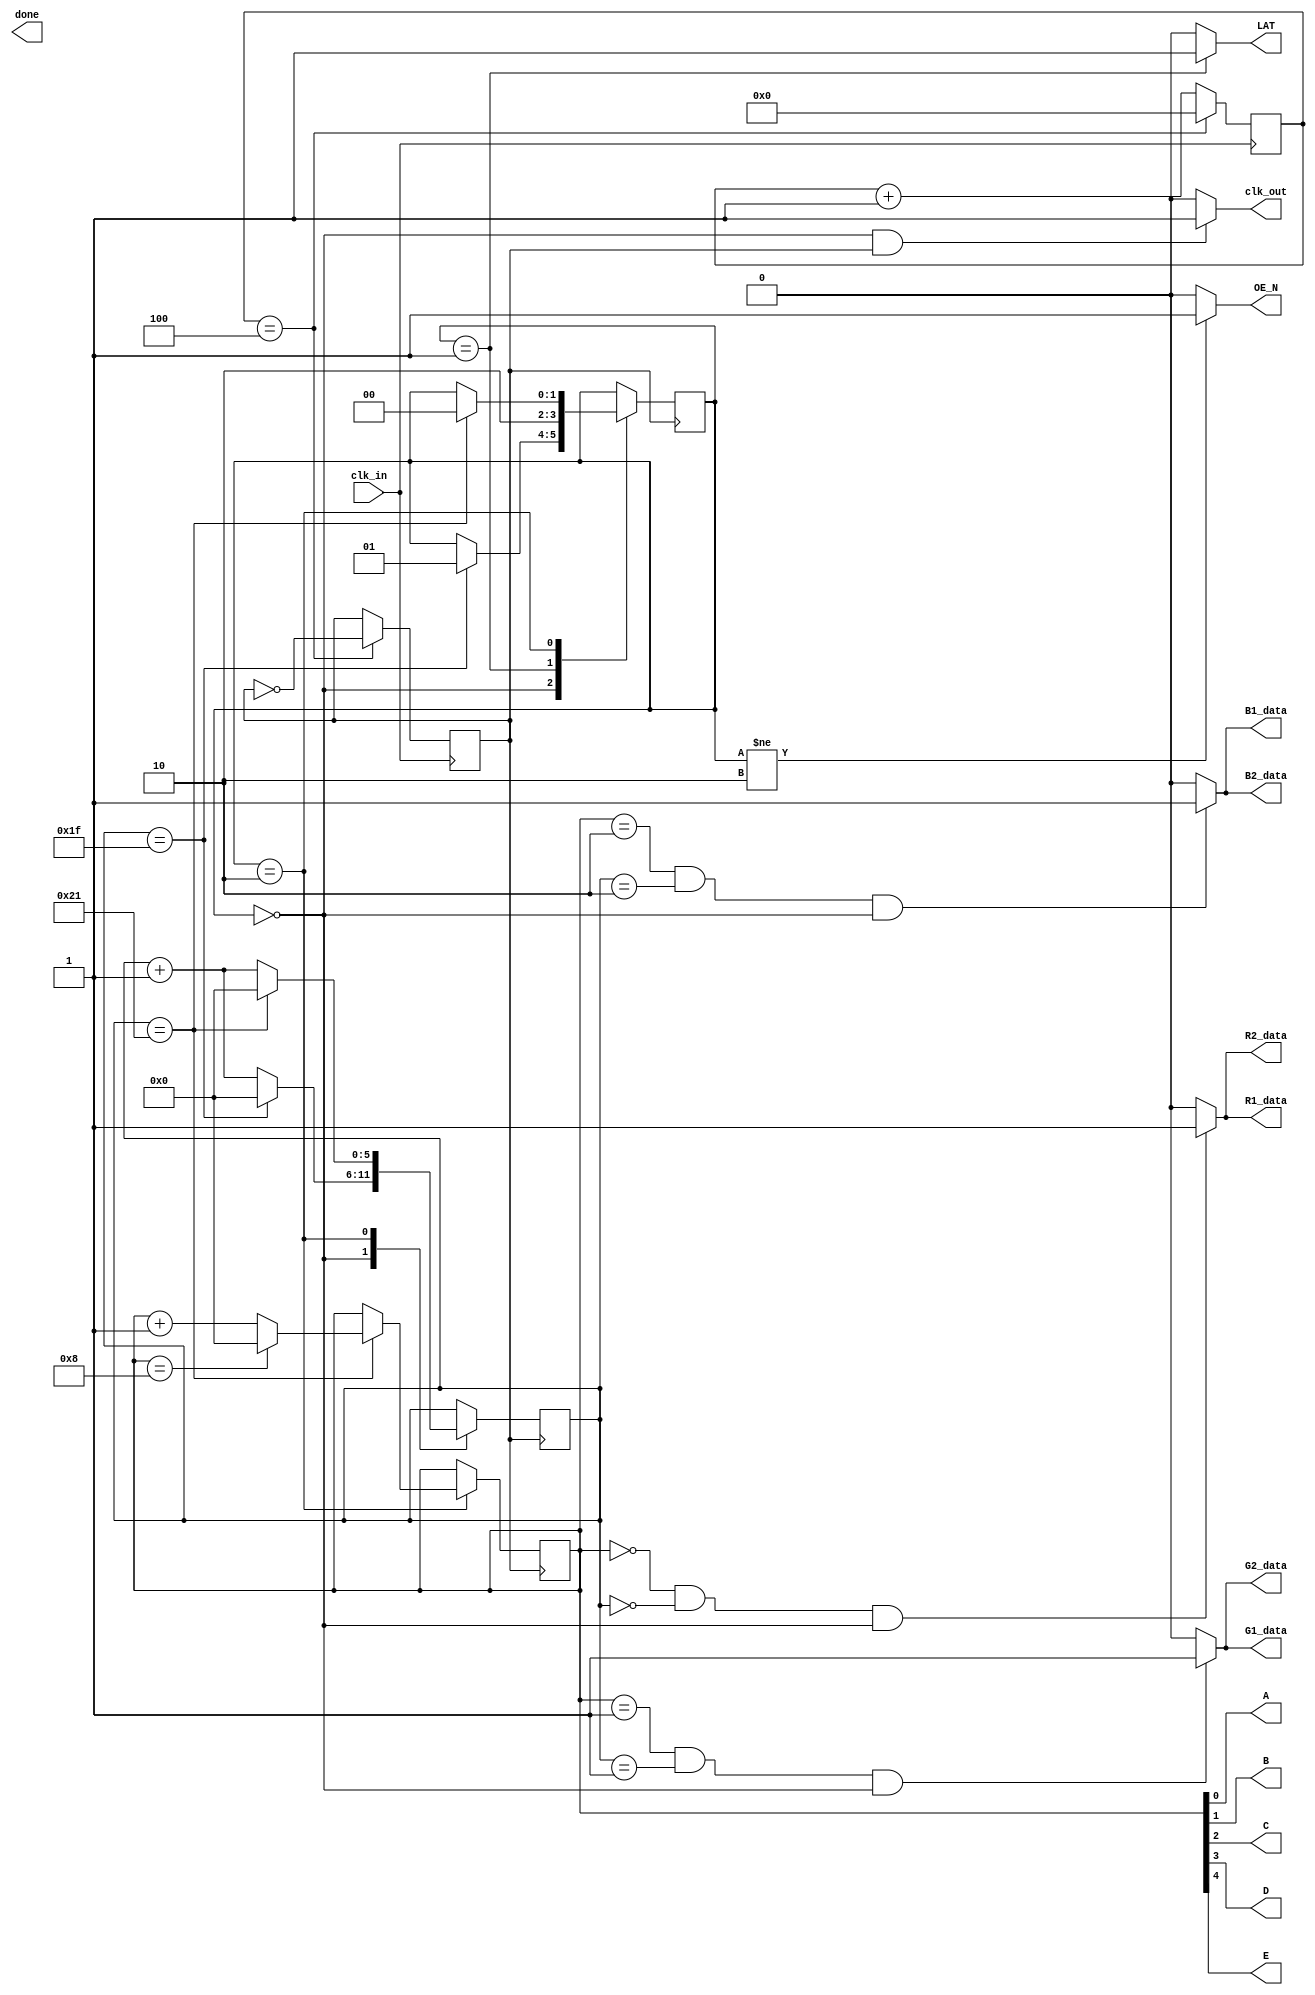
module screen_controller(
	//input
	input clk_in, 

	`ifdef ice40
	input locked,
	`endif

	//output
	////Display Top Half
	output R1_data, G1_data,B1_data,

	//Display Bottom Half
	output R2_data, G2_data, B2_data,
	
	//Adress Bus
	output A, B, C, D, E,

	//Operating Signals
	output clk_out, done, LAT, OE_N
	);
	
//Declarations and Assignments
	//Should support up to 64x64 sized displays
	reg [5:0] row = 0;
	reg [5:0] column = 0;
	assign {E,D,C,B,A} = row[4:0];

	//assign states
	reg [1:0] state = 0;
	assign clk_out  = ((state == SDI)&&(clk_divided))? 1:0;
	assign OE_N = (state != OUTPUTTING)? 1:0;
	assign LAT = (state == LATCHING)? 1:0;

	//assign colors
	assign R1_data = ((row == 0)&&(column == 0)&&(state == SDI))? 1:0;
	assign G1_data = ((row == 1)&&(column == 1)&&(state == SDI))? 1:0;
	assign B1_data = ((row == 2)&&(column == 2)&&(state == SDI))? 1:0;

	assign R2_data = ((row == 0)&&(column == 0)&&(state == SDI))? 1:0;
	assign G2_data = ((row == 1)&&(column == 1)&&(state == SDI))? 1:0;
	assign B2_data = ((row == 2)&&(column == 2)&&(state == SDI))? 1:0;

//Parameters
	parameter 
		//default screen size is 32x16 unless changed
		//should probably change in the top module with
		//defparam if necessary
		SCREEN_WIDTH = 32,
		SCREEN_DEPTH = 16;

	localparam
		//control states
		SDI = 0,
		LATCHING = 1,
		OUTPUTTING = 2,

		//Even picture brightness
		//accomplished by allowing the output 
		//to stay on for a duration of time equal
		//to the time required to shift in 
		//data and latch it
		OUTPUT_DELAY = SCREEN_WIDTH + 1;
reg [31:0] counter = 0;
reg clk_divided = 0;

always @(posedge clk_in) begin
	counter <= counter + 1;
	if(counter == 4)
	begin
	clk_divided <= ~clk_divided;
	counter <= 0;
	end
end

always @(posedge clk_divided) begin
	`ifdef ice40
	if(locked)
	begin
	else
	`endif
				begin
					case(state)
					SDI:
						begin
							column <= column + 1;

							if(column == SCREEN_WIDTH - 1)
								begin
									state <= LATCHING;
									column <= 0;
								end
						end

					LATCHING:
						begin
							state <= OUTPUTTING;
						end

					OUTPUTTING:
						begin
							column <= column + 1;
							
							if(column == OUTPUT_DELAY)
								begin
									column <= 0;
									if(row == SCREEN_DEPTH/2)
											row <= 0;
									else
											row <= row + 1;
									state <= SDI;
								end
						end
					endcase
				end // end else
		`ifdef ice40
		end // locked block
		`endif
	end //always block

endmodule